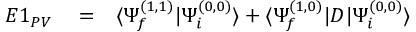
\begin{array} { r l r } { E 1 _ { P V } } & { { } = } & { \langle \Psi _ { f } ^ { ( 1 , 1 ) } | \Psi _ { i } ^ { ( 0 , 0 ) } \rangle + \langle \Psi _ { f } ^ { ( 1 , 0 ) } | D | \Psi _ { i } ^ { ( 0 , 0 ) } \rangle } \end{array}